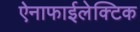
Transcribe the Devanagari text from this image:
ऐनाफाईलेक्टिक